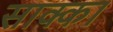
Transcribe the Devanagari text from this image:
साक्का